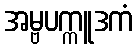
အမ္ဗပက္ကူဒကံ